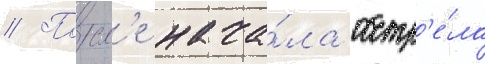
// Посл'е нача́ла обстр'е́ла